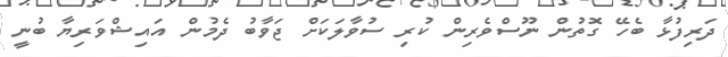
ދަރިފުޅާ ބެހޭ ގޮތުން ނޫސްވެރިން ކުރި ސުވާލަކަށް ޖަވާބު ދެމުން އައިޝްވަރިޔާ ބުނީ